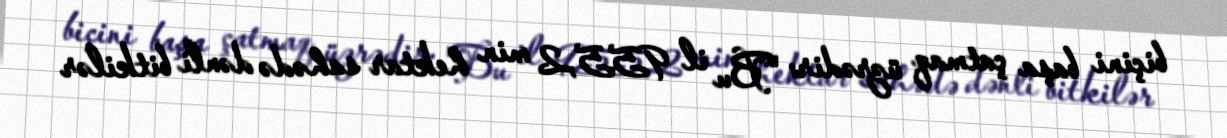
biçini başa çatmaq üzrədir: "Bu il 955,2 min hektar sahədə dənli bitkilər